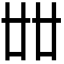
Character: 𠦜